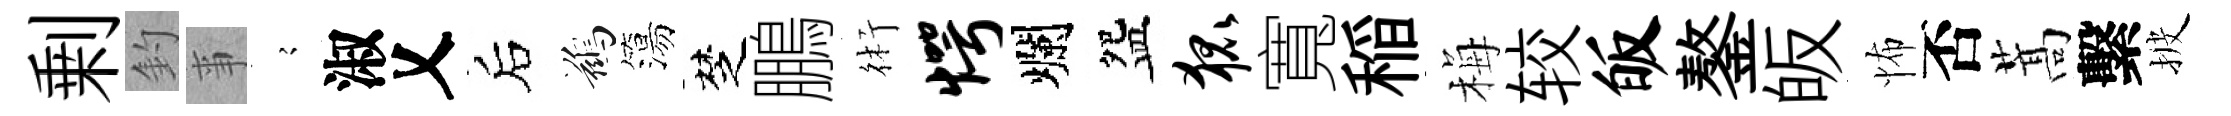
剰釣亊𡪹淑乂后鷀簜椘鵬術愕爛盌狐寬稲梅较皈鏊皈怖否蒿繫披